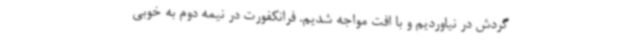
گردش در نیاوردیم و با افت مواجه شدیم. فرانکفورت در نیمه دوم به خوبی